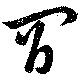
間